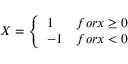
X = \left\{ \begin{array} { l l } { 1 } & { f o r x \ge 0 } \\ { - 1 } & { f o r x < 0 } \end{array} \right.